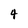
Character: 4